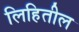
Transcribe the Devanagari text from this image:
लिहितील